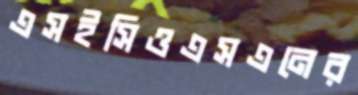
এসইসিওএসএনের